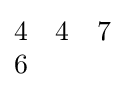
{\begin{matrix}4&4&7\\6\end{matrix}}